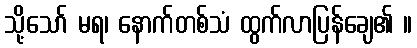
သို့သော် မရ၊ နောက်တစ်သံ ထွက်လာပြန်ချေ၏ ။